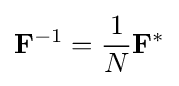
\mathbf {F} ^{-1}={\frac {1}{N}}\mathbf {F} ^{*}